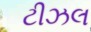
ટીઝલ